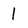
Character: 1